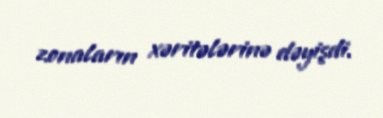
zonaların xəritələrinə dəyişdi.